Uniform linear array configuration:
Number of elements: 12
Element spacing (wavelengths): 0.75
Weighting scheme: cosine
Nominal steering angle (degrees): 15
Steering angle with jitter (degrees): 14.366
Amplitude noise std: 0.05
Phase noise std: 0.05

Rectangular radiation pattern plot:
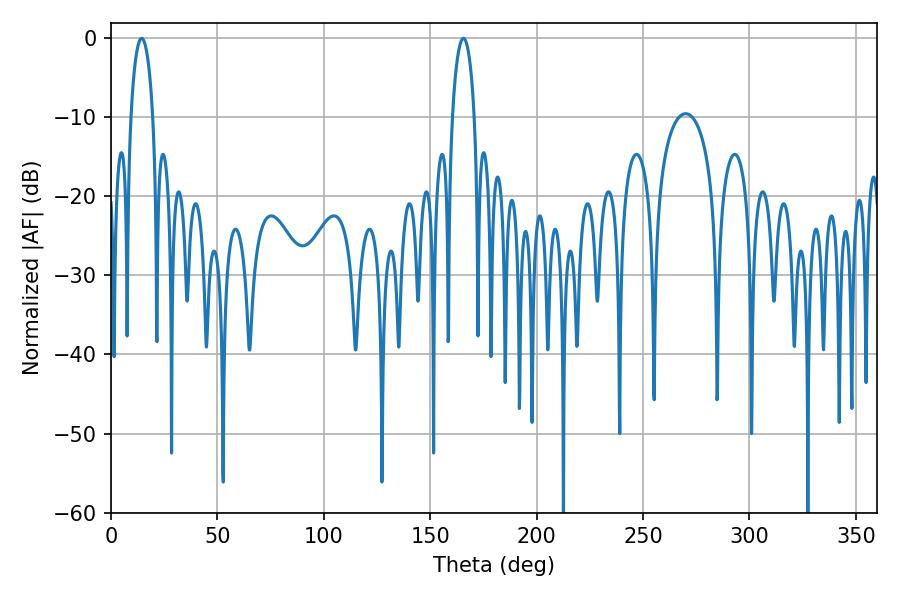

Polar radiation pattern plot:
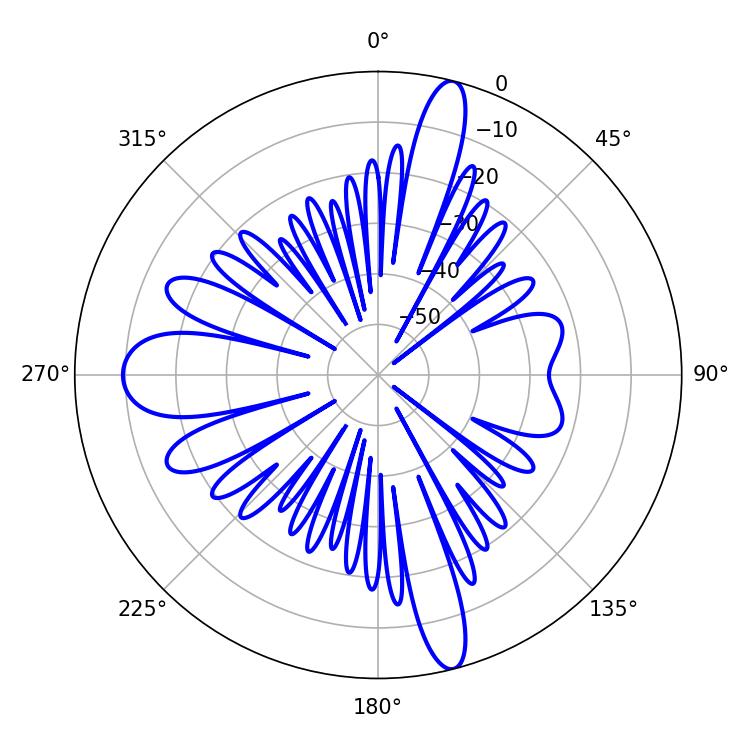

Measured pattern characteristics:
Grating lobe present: TRUE
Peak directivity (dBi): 19.997
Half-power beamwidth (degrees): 5.94
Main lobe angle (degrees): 14.4